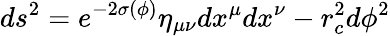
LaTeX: ds^{2}=e^{-2\sigma\left(\phi\right)}\eta_{\mu\nu}dx^{\mu}dx^{\nu}-r_{c}^{2}d\phi^{2}